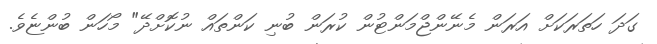
ގަދަ ހަތަރަކަށް އަރަން މެނޭންޖްމަންޓުން ކުރަން ބުނި ކަންތައް ނުކޮށްދޭ" މޯހަން ބުންޏެވެ.